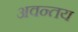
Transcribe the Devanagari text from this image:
अवन्तय